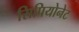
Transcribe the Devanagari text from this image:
सिपियोनेट